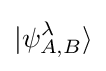
|\psi _{A,B}^{\lambda }\rangle